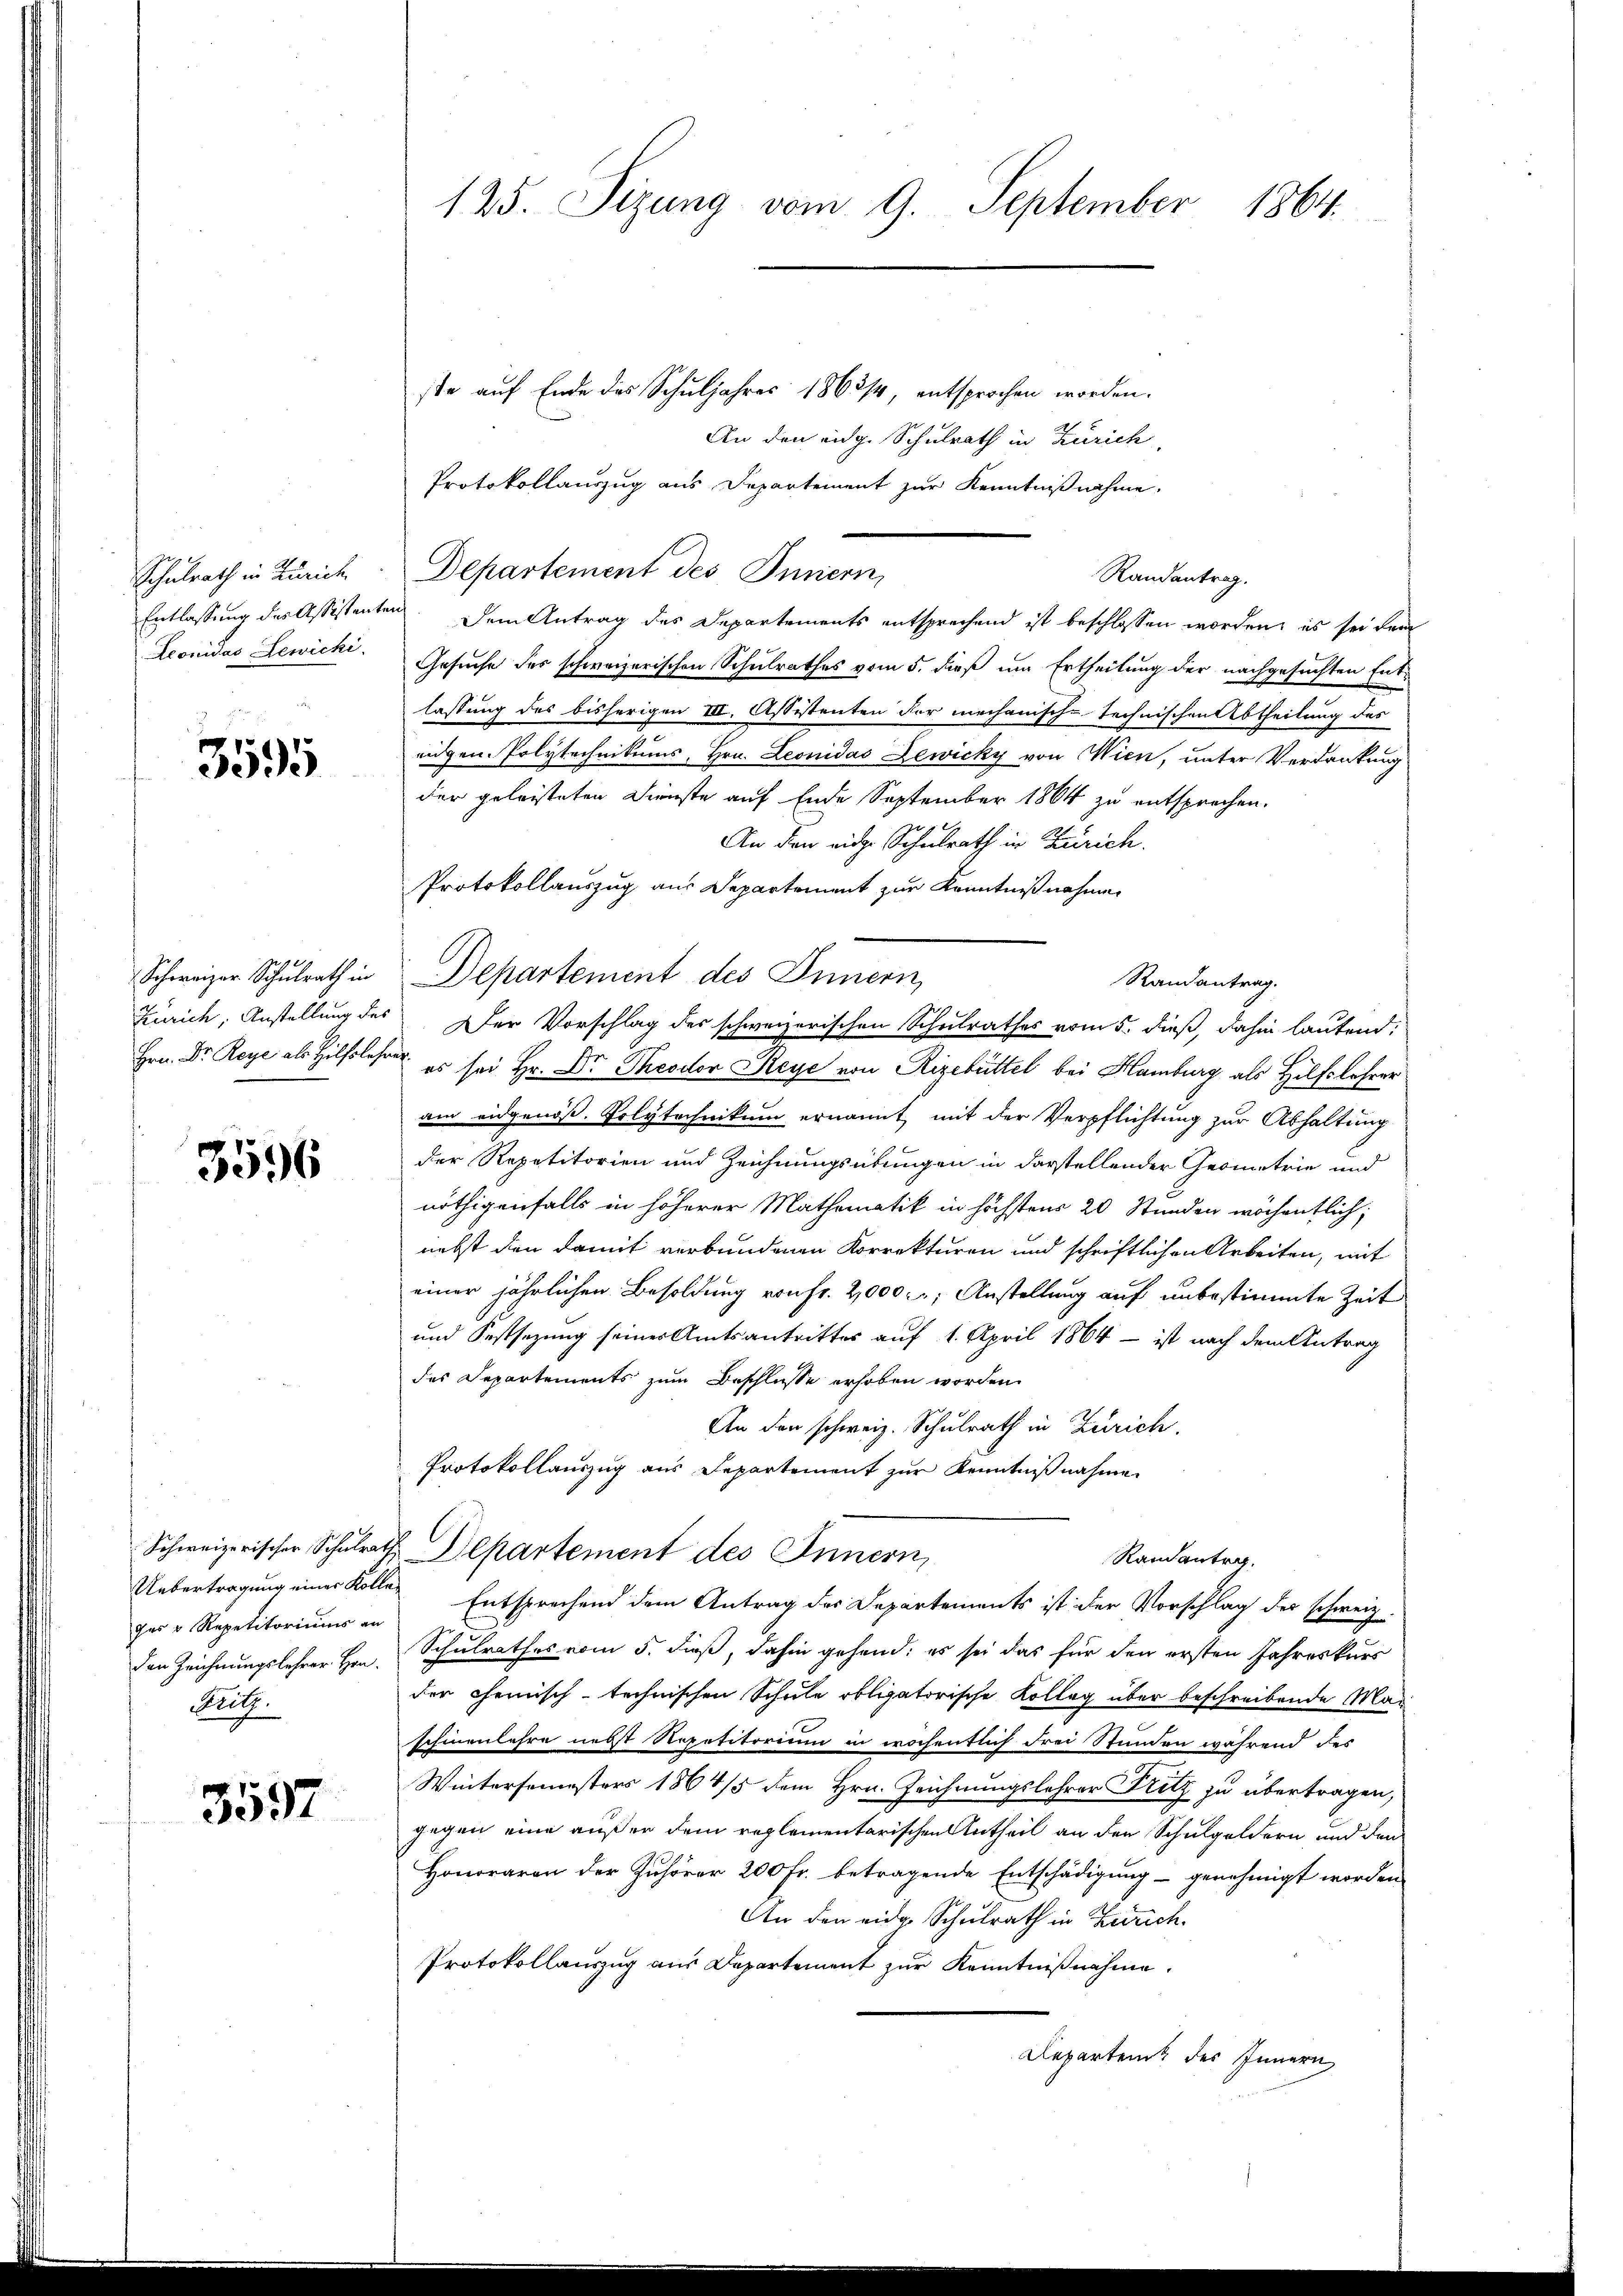
Schulrath in Zürich
Aconidas Lewicki

3595

9
Schweizer Schulrath in

3596

Uebertragung einer Kolle
des v Repetitoriums an
Pritz

3597

125. Sizung vom 9. September 1864.

ste auf Ende des Schuljahres 1863/4, entsprochen worden.
An den eidg. Schulrath in Zürich
Protokollauszug aus Departement zur Kenntnißnahme,
Departement des Innern,
Randantrag.
Entlassung des Assissanten. Dem Antrag des Departements entsprechend ist beschlossen worden, es sei dem
Gesuche des schweizerischen Schulrathes vom 5. dieß um Ertheilung der nachgesuchten Ent-
lassung des bisherigen III. Assistenten der mechanisch-technischen Abtheilung des
eugen. Polytechnikums, Hrn. Leonidas Lewicky von Wien, unter Verdankung
der geleisteten Dienste auf Ende September 1864 zu entsprechen.
An den eidge Schulrath in Zürich.
Protokollauszug aus Departement zur Kenntnißnahme.
Departement des Innern,
Hrn. Dr. Reye als Hilfsbester es sei Hr. Dr. Theodor Reye von Rizebüttel bei Hamburg als Hilfslehrer
am eidgenöß. Polytechnikum ernannt, mit der Verpflichtung zur Abhaltung
der Repetitorien und Zeichnungsübungen in darstellender Geometrie und
nöthigenfalls in höherer Mathematik in höchstens 20 Stunden wöchentlich;
nebst den damit verbundenen Korrekturen und schriftlichen Arbeiten, mit
einer jährlichen Besoldung von Fr. 2000. r, Anstellung auf unbestimmte Zeit
und Festsezung seiner Amtsantritter auf 1. April 1864 - ist nach dem Antrag
des Departements zum Beschlusse erhoben worden.
An den schweiz. Schulrath in Zürich.
Protokollauszug aus Departement zur Kenntnißnahme
Schweizerischer Schulrath Departement des Innern,
Randantra
Entsprechend dem Antrag des Departements ist der Vorschlag der schweiz.
den Zeichnungslehrer Hrn. Schulrathes vom 5. dieß, dahin gehend: es sei das für den ersten Jahreskurs
der chemisch-technischen Schule obligatorische Kolleg über beschreibende Man
schienlehre nebst Repetitorium in wöchentlich drei Stunden während des
Wintersemesters 1864/5 dem Hrn. Zeichnungslehrer Fritz zu übertragen,
gegen eine außer dem reglementarischen Antheil an den Schulgeldern, und den
Honoraren der Zuhörer 200 Fr. betragende Entschädigung - genehmigt worden
An den eidg. Schulrath in Zürich.
Protokollauszug aus Departement zur Kenntnißnahme.
Reparten des Innern

Randantrag.
Zürich, Anstellung des Der Vorschlag des schweizerischen Schulrathes vom 5. dieß, dahin lautend: